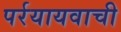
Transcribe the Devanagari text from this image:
पर्रयायवाची